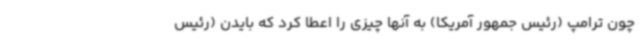
چون ترامپ (رئیس جمهور آمریکا) به آنها چیزی را اعطا کرد که بایدن (رئیس